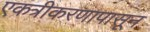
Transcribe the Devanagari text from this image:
एकत्रीकरणापासून